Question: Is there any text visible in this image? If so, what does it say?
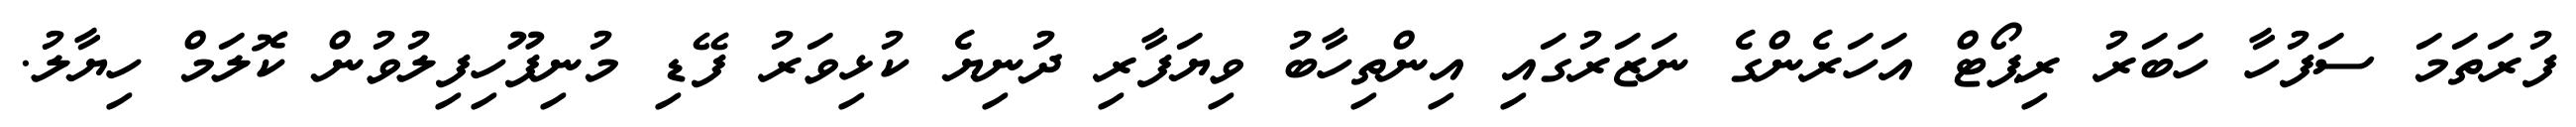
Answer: ފުރަތަމަ ސަފުހާ ހަބަރު ރިޕޯޓް އަހަރެންގެ ނަޒަރުގައި އިންތިހާބު ވިޔަފާރި ދުނިޔެ ކުޅިވަރު ފޭޑި މުނިފޫހިފިލުވުން ކޮލަމް ހިޔާލު.